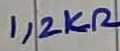
Text: 1,2KΩ